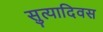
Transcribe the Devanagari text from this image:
सुत्यादिवस